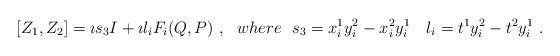
LaTeX: \begin{align*}[Z_1,Z_2] = \imath s_3 I + \imath l_i F_i (Q,P) \ , \ \ where \ \ s_3 = x^1_i y^2_i - x^2_i y^1_i \quad l_i = t^1 y^2_i - t^2 y^1_i \ .\end{align*}